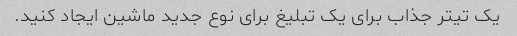
یک تیتر جذاب برای یک تبلیغ برای نوع جدید ماشین ایجاد کنید.